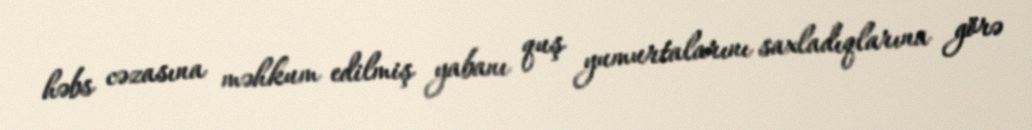
həbs cəzasına məhkum edilmiş yabanı quş yumurtalarını saxladıqlarına görə